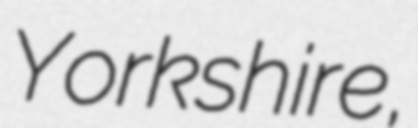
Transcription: Yorkshire,